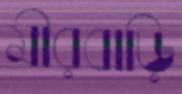
মীরবাড়ি